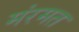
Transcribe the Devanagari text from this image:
मंरमत